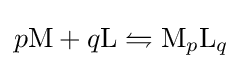
p\mathrm {M} +q\mathrm {L} \leftrightharpoons \mathrm {M} _{p}\mathrm {L} _{q}